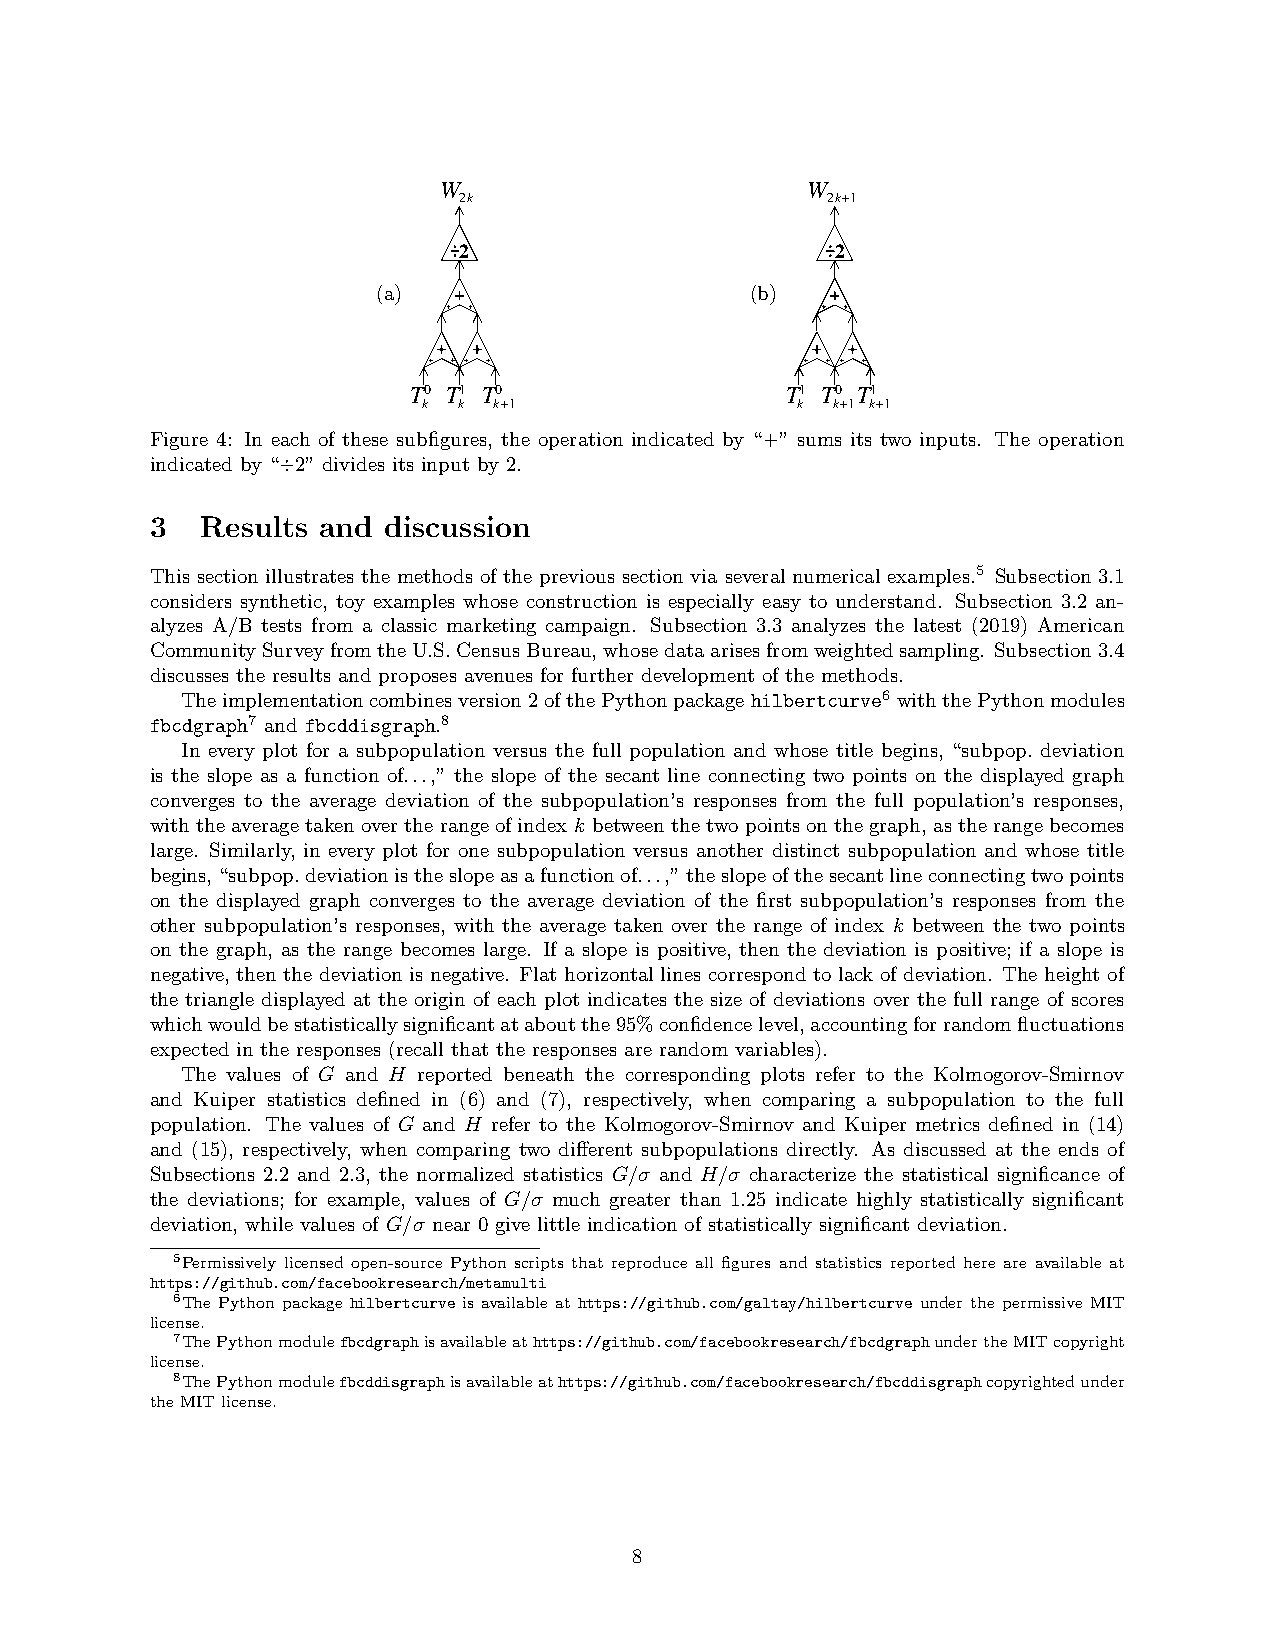
W                       W
 2k                       2k+1
 2                        2
 (a)                      (b)
 T0 T1 T0                 T1 T0 T1
 k k  k+1                 k k+1 k+1
 Figure 4: In each of these subfigures, the operation indicated by “+” sums its two inputs. The operation
 indicated by “÷2” divides its input by 2.
 3  Results and discussion
 This section illustrates the methods of the previous section via several numerical examples.5 Subsection 3.1
 considers synthetic, toy examples whose construction is especially easy to understand. Subsection 3.2 an-
 alyzes A/B tests from a classic marketing campaign. Subsection 3.3 analyzes the latest (2019) American
 CommunitySurveyfromtheU.S.CensusBureau,whosedataarisesfromweightedsampling. Subsection3.4
 discusses the results and proposes avenues for further development of the methods.
 Theimplementationcombinesversion2ofthePythonpackagehilbertcurve6 withthePythonmodules
 fbcdgraph7 and fbcddisgraph.8
 In every plot for a subpopulation versus the full population and whose title begins, “subpop. deviation
 is the slope as a function of...,” the slope of the secant line connecting two points on the displayed graph
 converges to the average deviation of the subpopulation’s responses from the full population’s responses,
 withtheaveragetakenovertherangeofindexk betweenthetwopointsonthegraph, astherangebecomes
 large. Similarly, in every plot for one subpopulation versus another distinct subpopulation and whose title
 begins,“subpop.deviationistheslopeasafunctionof...,”theslopeofthesecantlineconnectingtwopoints
 on the displayed graph converges to the average deviation of the first subpopulation’s responses from the
 other subpopulation’s responses, with the average taken over the range of index k between the two points
 on the graph, as the range becomes large. If a slope is positive, then the deviation is positive; if a slope is
 negative, then the deviation is negative. Flat horizontal lines correspond to lack of deviation. The height of
 the triangle displayed at the origin of each plot indicates the size of deviations over the full range of scores
 whichwouldbestatisticallysignificantataboutthe95%confidencelevel,accountingforrandomfluctuations
 expected in the responses (recall that the responses are random variables).
 The values of G and H reported beneath the corresponding plots refer to the Kolmogorov-Smirnov
 and Kuiper statistics defined in (6) and (7), respectively, when comparing a subpopulation to the full
 population. The values of G and H refer to the Kolmogorov-Smirnov and Kuiper metrics defined in (14)
 and (15), respectively, when comparing two different subpopulations directly. As discussed at the ends of
 Subsections 2.2 and 2.3, the normalized statistics G/σ and H/σ characterize the statistical significance of
 the deviations; for example, values of G/σ much greater than 1.25 indicate highly statistically significant
 deviation, while values of G/σ near 0 give little indication of statistically significant deviation.
 5Permissively licensed open-source Python scripts that reproduce all figures and statistics reported here are available at
 https://github.com/facebookresearch/metamulti
 6The Python package hilbertcurve is available at https://github.com/galtay/hilbertcurve under the permissive MIT
 license.
 7ThePythonmodulefbcdgraphisavailableathttps://github.com/facebookresearch/fbcdgraphundertheMITcopyright
 license.
 8ThePythonmodulefbcddisgraphisavailableathttps://github.com/facebookresearch/fbcddisgraphcopyrightedunder
 theMITlicense.
 8